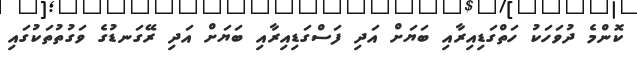
ކޮންމެ ދުވަހަކު ހަތްގަޑިއިރާއި ބަޔަށް އަދި ފަސްގަޑިއިރާއި ބަޔަށް އަދި ރޭގަނޑުގެ ވަގުތުތަކުގައި